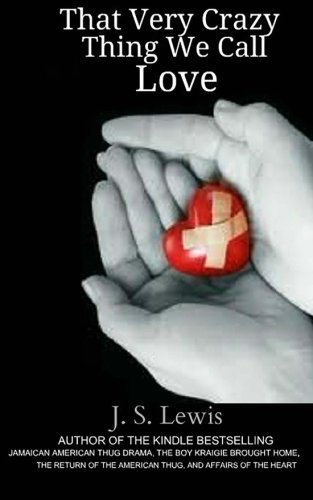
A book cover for That Very Crazy Thing We Call Love: The Jamaican American Thug Drama Saga Book 4 (Volume 4); J. S. Lewis; Literature & Fiction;